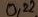
Text: 0,22